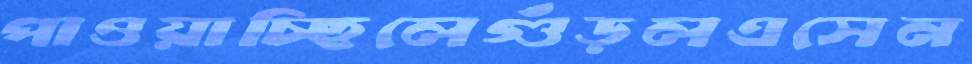
পাওয়াচ্ছিলেগুঁড়লএসেন